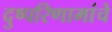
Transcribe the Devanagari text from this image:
दुष्परिणामांचे